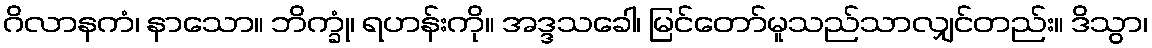
ဂိလာနကံ၊ နာသော။ ဘိက္ခုံ၊ ရဟန်းကို။ အဒ္ဒသခေါ၊ မြင်တော်မူသည်သာလျှင်တည်း။ ဒိသွာ၊